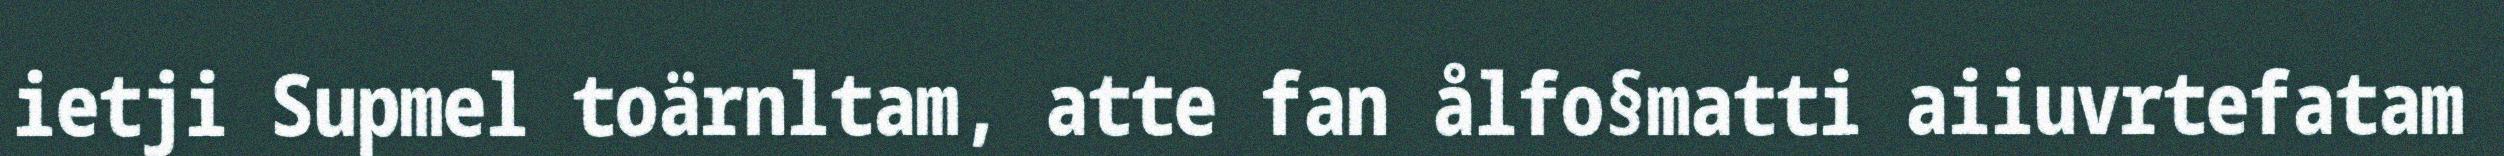
ietji Supmel toärnltam, atte fan ålfo§matti aiiuvrtefatam